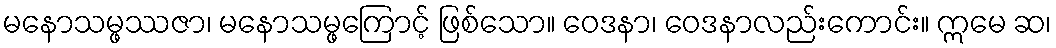
မနောသမ္ဖဿဇာ၊ မနောသမ္ဖကြောင့် ဖြစ်သော။ ဝေဒနာ၊ ဝေဒနာလည်းကောင်း။ ဣမေ ဆ၊